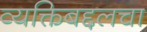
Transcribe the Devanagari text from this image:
व्यक्तिबद्दलचा